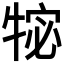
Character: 𭷩